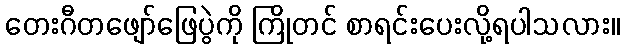
တေးဂီတဖျော်ဖြေပွဲကို ကြိုတင် စာရင်းပေးလို့ရပါသလား။